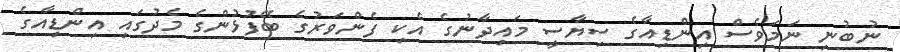
ނުބުނި ނަމަވެސް އިންޑިއާގެ ސިޔާސީ މައިދާނުގެ އެކި ފެންވަރުގެ ބޭފުޅުންގެ މެދުގައި އިންޑިއާގެ